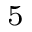
^ 5